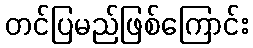
တင်ပြမည်ဖြစ်ကြောင်း